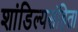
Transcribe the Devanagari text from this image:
शांडिल्यसंहिता